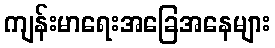
ကျန်းမာရေးအခြေအနေများ